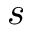
s